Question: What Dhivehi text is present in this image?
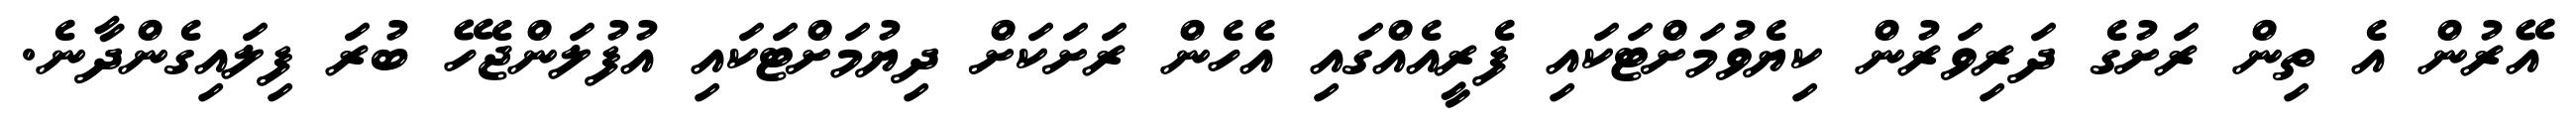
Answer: އޭރުން އެ ތިން ރަށުގެ ދަރިވަރުން ކިޔެވުމަށްޓަކައި ފެރީއެއްގައި އެހެން ރަށަކަށް ދިޔުމަށްޓަކައި އުފުލަންޖެހޭ ބުރަ ފިލައިގެންދާނެ.